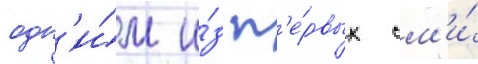
одн'и́м и́з п'е́рвых см'и́